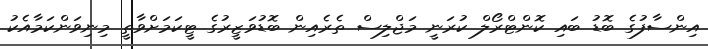
އިންސާފުގެ ބޮޑު ބައި ކޮންޓްރޯލް ކުރަނީ މަޖްލިސް ތެރެއިން ބޮޑުވަޒީރުގެ ޓީކަމަށްވާތީ މިނިވަންކަމާއެކު